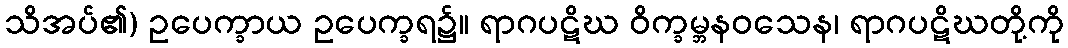
သိအပ်၏) ဥပေက္ခာယ ဥပေက္ခရ၌။ ရာဂပဋိဃ ဝိက္ခမ္ဘနဝသေန၊ ရာဂပဋိဃတို့ကို